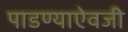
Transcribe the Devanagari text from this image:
पाडण्याऐवजी